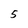
Character: 5